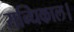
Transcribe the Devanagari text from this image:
सन्धिकाल।